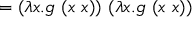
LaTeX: = ( \lambda x . g \ ( x \ x ) ) \ ( \lambda x . g \ ( x \ x ) )